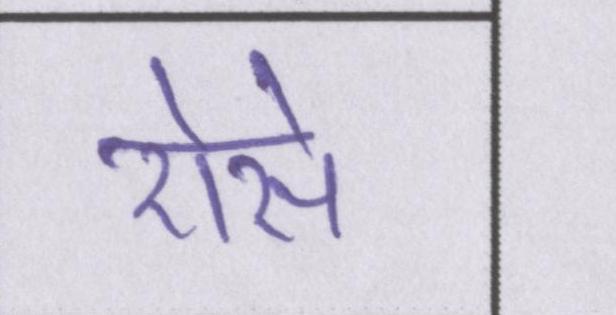
ऐसे